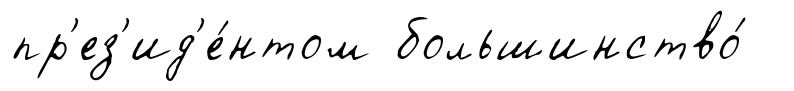
пр'ез'ид'е́нтом большинство́